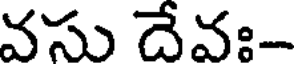
వసు దేవః-